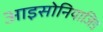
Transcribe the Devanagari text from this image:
आइसोनियाजिड